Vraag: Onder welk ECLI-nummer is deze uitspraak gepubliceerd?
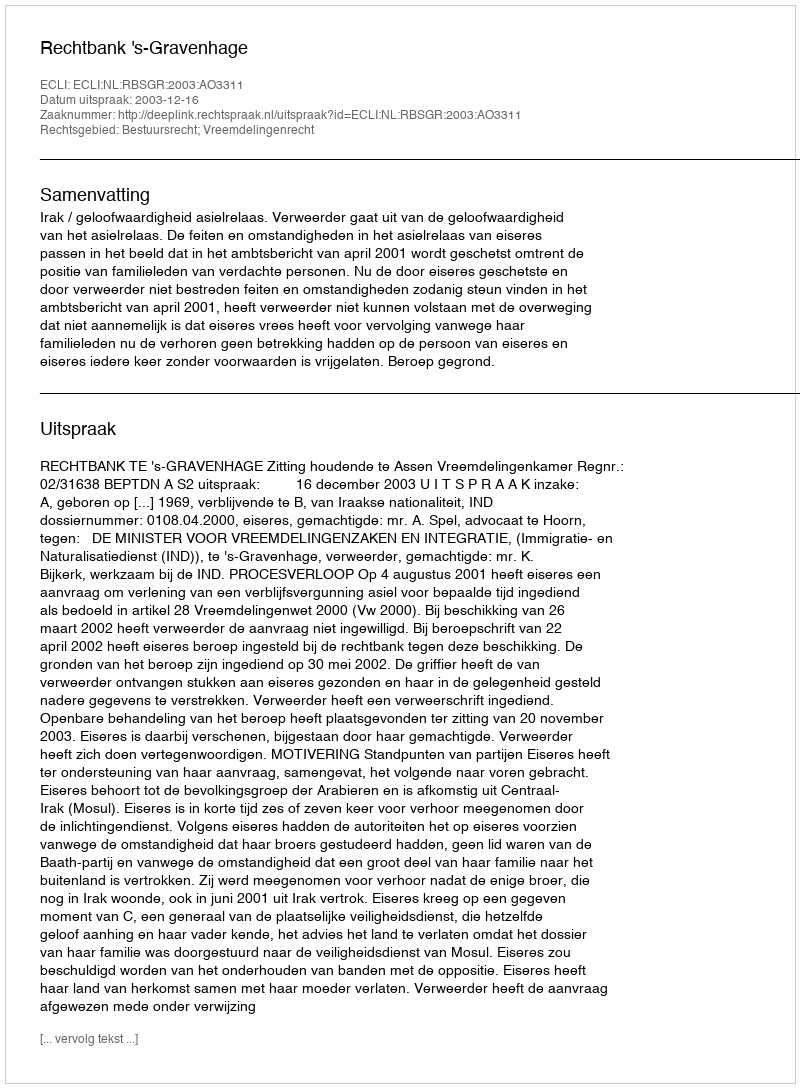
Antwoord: ECLI:NL:RBSGR:2003:AO3311